Madras plague regulations in force outside the Presidency town - Volume 2
Disease focus: Plague
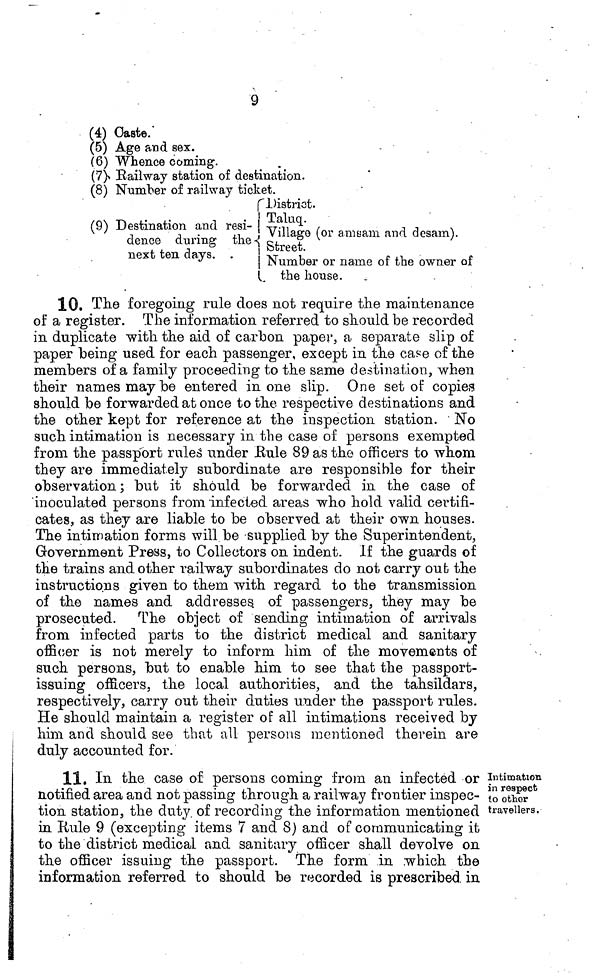
9
(4) Caste.
(5) Age and sex.
(6) Whence coming.
(7) Railway station of destination.
(8) Number of railway ticket.
District.
Taluq.
(9) Destination and
resi
dence during
the
next
ten
days.
next ten days.
Number or name or the owner of
the house.
10, The foregoing rule does not require the maintenance
of a register. The information referred to should be recorded
in duplicate with the aid of carbon paper, a separate slip of
paper being used for each passenger, except in the case of the
members of a family proceeding to the same destination, when
their names may be entered in one slip. One set of copies
should be forwarded at once to the respective destinations and
the other kept for reference at the inspection station. No
such intimation is necessary in the case of persons exempted
from the passport rules under Rule 89 as the officers to whom
they are immediately subordinate are responsible for their
observation ; but it should be forwarded in the case of
inoculated persons from infected areas who hold valid certifi-
cates, as they are liable to be observed at their own houses.
The intimation forms will be supplied by the Superintendent,
Government Press, to Collectors on indent. If the guards of
the trains and other railway subordinates do not carry out the
instructions given to them with regard to the transmission
of the names and addresses, of passengers, they may be
prosecuted. The object of sending intimation of arrivals
from infected parts to the district medical and sanitary
officer is not merely to inform him of the movements of
such persons, but to enable him to see that the passport-
issuing officers, the local authorities, and the tahsildars,
respectively, carry out their duties under the passport rules.
He should maintain a register of all intimations received by
him and should see that all persons mentioned therein are
duly accounted for.
Intimation
in respect
to other
travellers.
11. In the case of persons coming from an infected or
notified area and not passing through a railway frontier inspec-
tion station, the duty of recording the information mentioned
in Rule 9 (excepting items 7 and 8) and of communicating it
to the district medical and sanitary officer shall devolve on
the officer issuing the passport. The form in which the
information referred to should be recorded is prescribed in